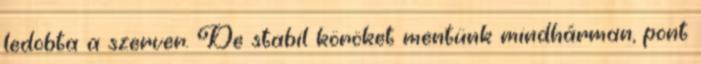
ledobta a szerver. De stabil köröket mentünk mindhárman, pont